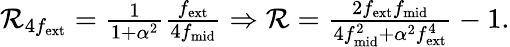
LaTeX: \begin{array}{r}{\mathcal{R}_{4f_{\mathrm{ext}}}=\frac{1}{1+\alpha^{2}}\frac{f_{\mathrm{ext}}}{4f_{\mathrm{mid}}}\Rightarrow\mathcal{R}=\frac{2f_{\mathrm{ext}}f_{\mathrm{mid}}}{4f_{\mathrm{mid}}^{2}+\alpha^{2}f_{\mathrm{ext}}^{4}}-1.}\end{array}